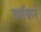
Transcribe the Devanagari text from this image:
वर्षकर